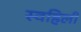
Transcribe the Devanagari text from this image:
स्वहिली